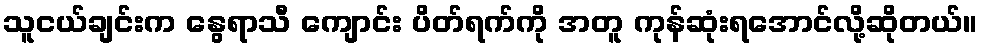
သူငယ်ချင်းက နွေရာသီ ကျောင်း ပိတ်ရက်ကို အတူ ကုန်ဆုံးရအောင်လို့ဆိုတယ်။